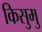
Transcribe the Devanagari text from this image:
किसुमु